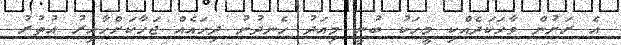
އެ ރަށުން ވާހަކަދެއްކި މީހަކު ބުނީ މިއަދު ހެނދުނު ދިހައެއް ޖަހާކަށްހާއިރު އުތުރު